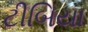
ટીબિયા